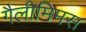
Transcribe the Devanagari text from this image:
गैलीमिमस